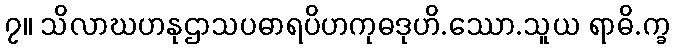
၇။ သိလာဃဟနုဌာသပဓာရပိဟကုဓဒုဟိ.ဿော.သူယ ရာဓိ.က္ခ